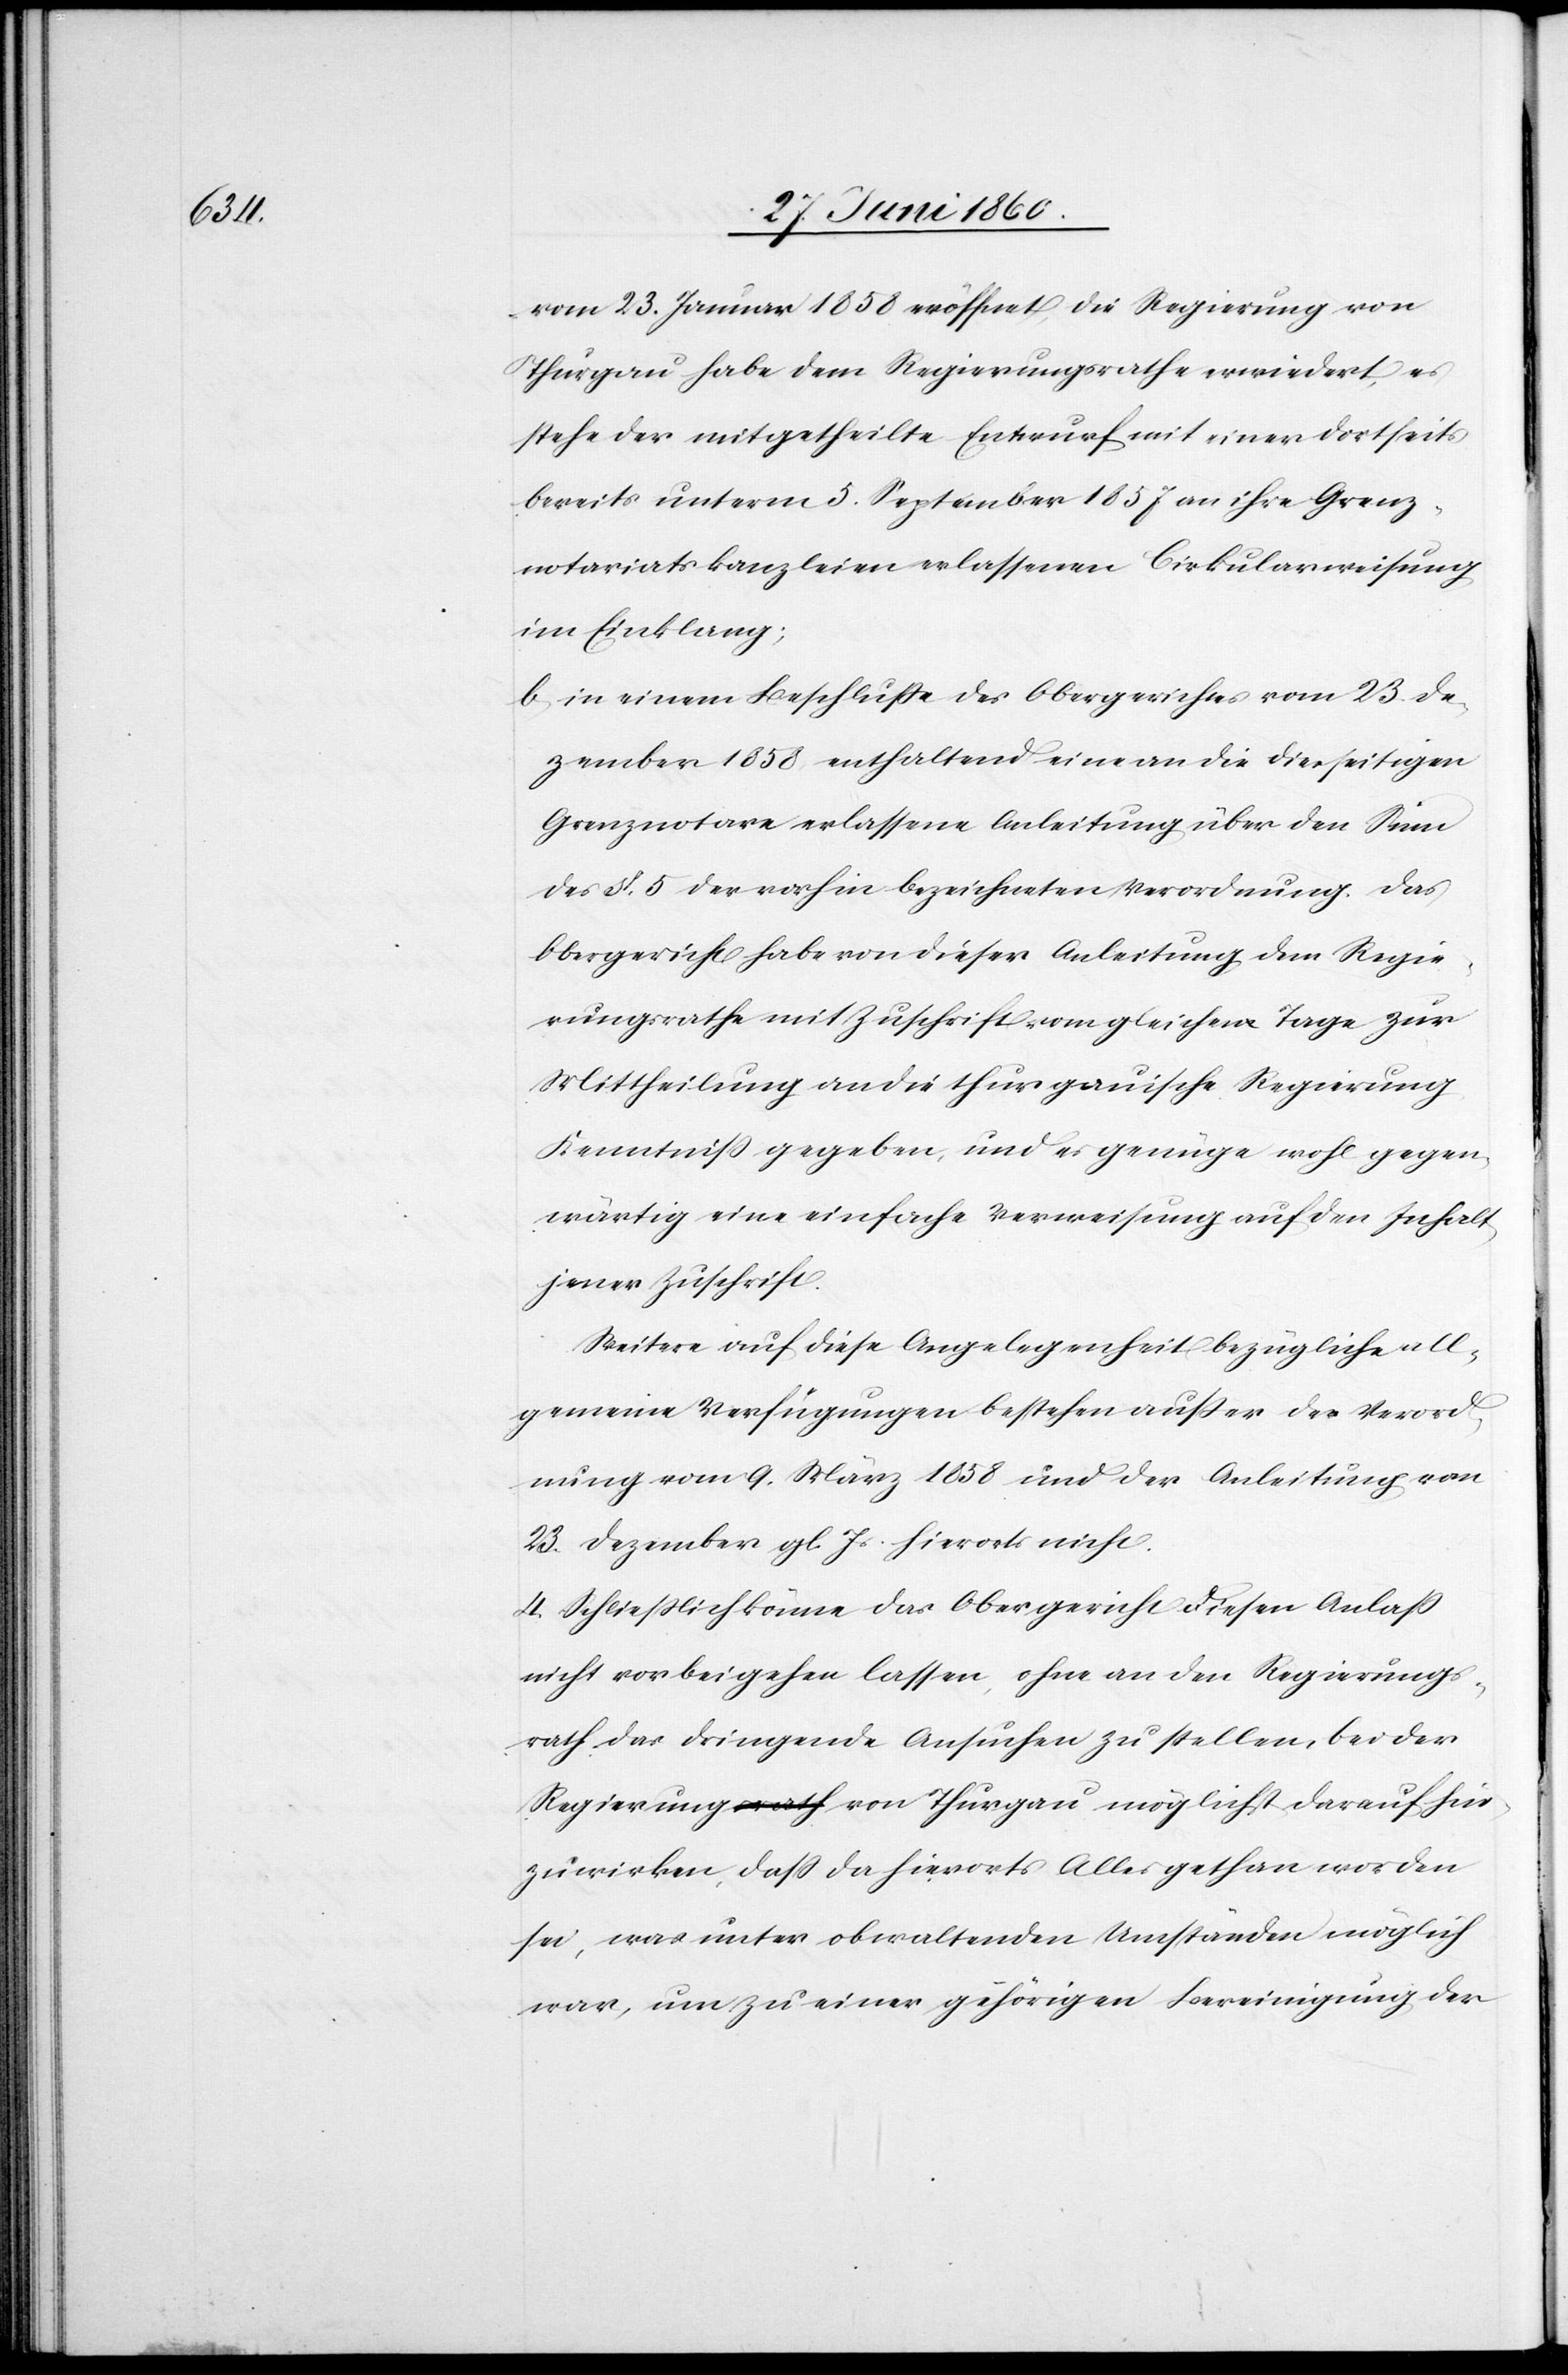
vom 23. Januar 1858 eröffnet, die Regierung von
Thurgau habe dem Regierungsrathe erwiedert, es
stehe der mitgetheilte Entwurf mit einer dortseits
bereits unterm 5. September 1857 an ihre Grenz¬
notariatskanzleien erlassenen Cirkularweisung
im Einklang;
b. in einem Beschlusse des Obergerichtes vom 23. De¬
zember 1858 enthaltend eine an die diesseitigen
Grenznotare erlassene Anleitung über den Sinn
des §. 5. der vorhin bezeichneten Verordnung. Das
Obergericht habe von dieser Anleitung dem Regie¬
rungsrathe mit Zuschrift vom gleichen Tage zur
Mittheilung an die thurgauische Regierung
Kenntniss gegeben, und es genüge wohl gegen¬
wärtig eine einfache Verweisung auf den Inhalt
jener Zuschrift.
Weitere auf diese Angelegenheit bezügliche all¬
gemeine Verfügungen bestehen ausser der Verord¬
nung vom 9. März 1858 und der Anleitung vom
23. Dezember gl. Js. hierorts nicht.
4. Schliesslich könne das Obergericht diesen Anlass
nicht vorbeigehen lassen, ohne an den Regierungs¬
rath das dringende Ansuchen zu stellen, bei der
Regierung von Thurgau möglichst darauf hin¬
zuwirken, dass da hierorts Alles gethan worden
sei, was unter obwaltenden Umständen möglich
war, um zu einer gehörigen Bereinigung der